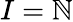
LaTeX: I=\mathbb{N}